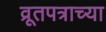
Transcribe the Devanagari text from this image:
व्रूतपत्राच्या